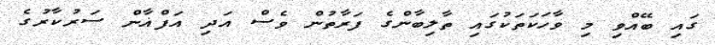
ގައި ބޭއްވި މި ވާހަކަތަކުގައި ތާލިބާންގެ ފަރާތުން ވެސް އަދި އަފްޣާން ސަރުކާރުގެ